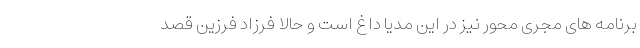
برنامه های مجری محور نیز در این مدیا داغ است و حالا فرزاد فرزین قصد